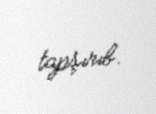
tapşırıb.